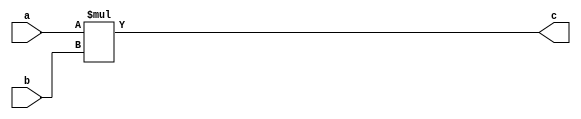
module btm_trunc (
  a,
  b,
  c
);

parameter BWOP = 10;
parameter NAB = 0;

input  [BWOP-1:0]                                   a;
input  [BWOP-1:0]                                   b;
output [BWOP-1:0]                                   c;

wire   [2*BWOP -2*NAB - 1:0]                           c_pre;

assign c_pre = a[BWOP-1:NAB] * b[BWOP-1:NAB];
assign c = (NAB == 0) ? c_pre[BWOP-1: 0]: {c_pre[BWOP- 2*NAB - 1: 0], {{2*NAB}{1'b0}}};

endmodule